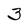
Character: 3